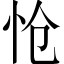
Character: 怆